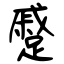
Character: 蹙